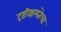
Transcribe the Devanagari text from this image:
दृष्टीक्षमतेचा